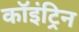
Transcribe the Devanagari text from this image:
कॉइंट्रिन